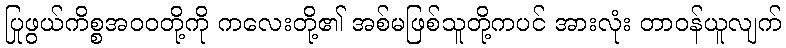
ပြုဖွယ်ကိစ္စအဝဝတို့ကို ကလေးတို့၏ အစ်မဖြစ်သူတို့ကပင် အားလုံး တာဝန်ယူလျက်